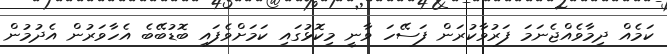
ކަމެއް ދިމާވެއްޖެނަމަ ފަރުވާކުރަން ފަސޭހަ ވާނީ މިކޮޅުގައި ކަމަށްވެފައި ބޮޑުބޭބެ އެހާވަރުން އެދުމުން